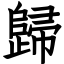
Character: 歸